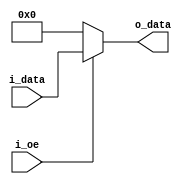
// Module implementing a mask.
// This is used for the cpu internal registers.
`default_nettype none

module mask(i_oe,
            i_data,
            o_data);
   parameter DATA_WIDTH = 8;

   input  wire                  i_oe;    // output enable
   input  wire [DATA_WIDTH-1:0] i_data;  // input data
   output wire [DATA_WIDTH-1:0] o_data;  // output data

   // masked output
   assign o_data = (i_oe) ? i_data : 0;

endmodule